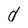
Character: d